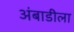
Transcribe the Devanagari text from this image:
अंबाडीला